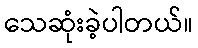
သေဆုံးခဲ့ပါတယ်။